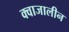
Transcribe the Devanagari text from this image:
क्वाजालीन